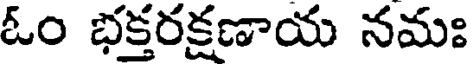
ఓం భక్తరక్షణాయ నమః